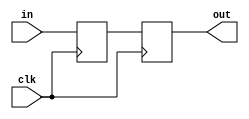
module buffer(in, out, clk);
	input in, clk;
	output reg out;
	
	reg b;
	
	always @(posedge clk)
		b = in;
		
	always @(negedge clk)
		out = b;
		
endmodule